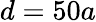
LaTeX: d=50a